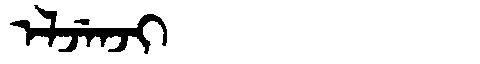
Manchu: ᡝᠯᠵᡝᠨᠵᡳ
Romanization: ELJENJI